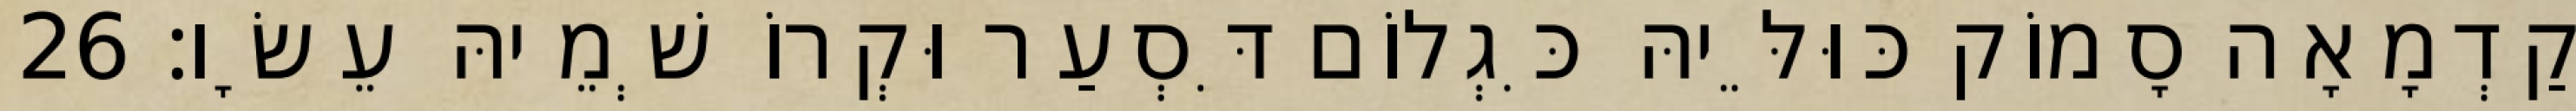
קַדְמָאָה סָמוֹק כּוּלֵּיהּ כִּגְלוֹם דִּסְעַר וּקְרוֹ שְׁמֵיהּ עֵשָׂו׃ 26